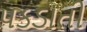
પકડાતી